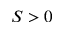
S > 0